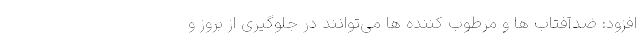
افزود: ضدآفتاب ها و مرطوب کننده ها می‌توانند در جلوگیری از بروز و